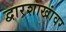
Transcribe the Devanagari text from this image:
द्वारशाखांवर